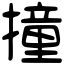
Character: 撞